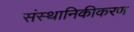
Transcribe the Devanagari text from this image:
संस्थानिकीकरण